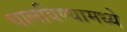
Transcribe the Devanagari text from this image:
चालविण्यामध्ये